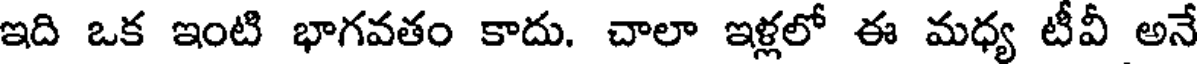
ఇది ఒక ఇంటి భాగవతం కాదు. చాలా ఇళ్లలో ఈ మధ్య టీవీ అనే